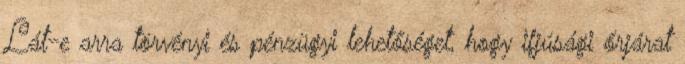
Lát-e arra törvényi és pénzügyi lehetőséget, hogy ifjúsági őrjárat